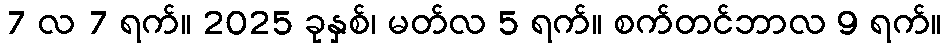
7 လ 7 ရက်။ 2025 ခုနှစ်၊ မတ်လ 5 ရက်။ စက်တင်ဘာလ 9 ရက်။